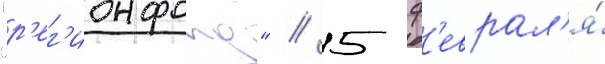
"р'ег'ионфонд" // 5 ф'еврал'я́